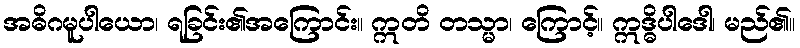
အဓိဂမူပါယော၊ ရခြင်း၏အကြောင်း။ ဣတိ တသ္မာ၊ ကြောင့်။ ဣဒ္ဓိပါဒေါ၊ မည်၏။